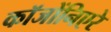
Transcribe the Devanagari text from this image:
कॉजोंनिएरे